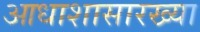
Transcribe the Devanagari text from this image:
आधाशासारख्या